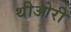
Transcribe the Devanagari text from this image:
थीओरी